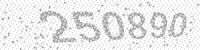
Solution: 250890